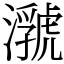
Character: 𤂆